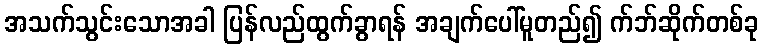
အသက်သွင်းသောအခါ ပြန်လည်ထွက်ခွာရန် အချက်ပေါ်မူတည်၍ က်ဘ်ဆိုက်တစ်ခု